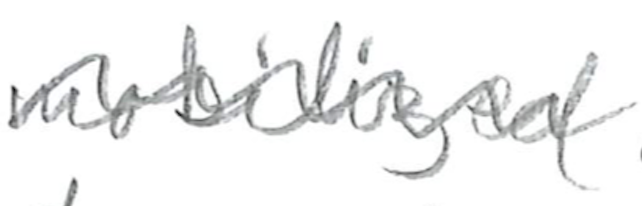
Text: mobilized
Cross-out: wave
Writing tool: pencil